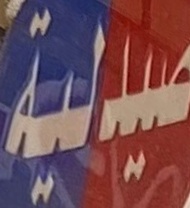
صیدلیة